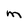
Character: m